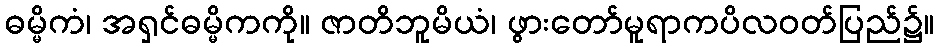
ဓမ္မိကံ၊ အရှင်ဓမ္မိကကို။ ဇာတိဘူမိယံ၊ ဖွားတော်မူရာကပိလဝတ်ပြည်၌။